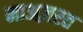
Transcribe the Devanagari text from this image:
माअज़रत